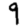
Digit: 9